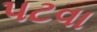
પટવા